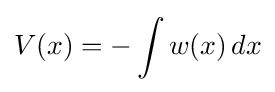
V(x)=-\int w(x)\,dx